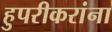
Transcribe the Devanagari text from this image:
हुपरीकरांना